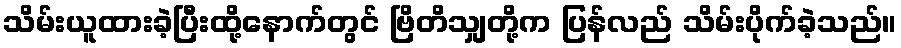
သိမ်းယူထားခဲ့ပြီးထို့နောက်တွင် ဗြိတိသျှတို့က ပြန်လည် သိမ်းပိုက်ခဲ့သည်။